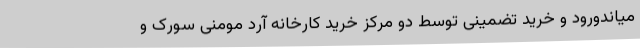
میاندورود و خرید تضمینی توسط دو مرکز خرید کارخانه آرد مومنی سورک و